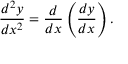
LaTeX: { \frac { d ^ { 2 } y } { d x ^ { 2 } } } = { \frac { d } { d x } } \left( { \frac { d y } { d x } } \right) .